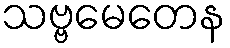
သဗ္ဗမေတေန